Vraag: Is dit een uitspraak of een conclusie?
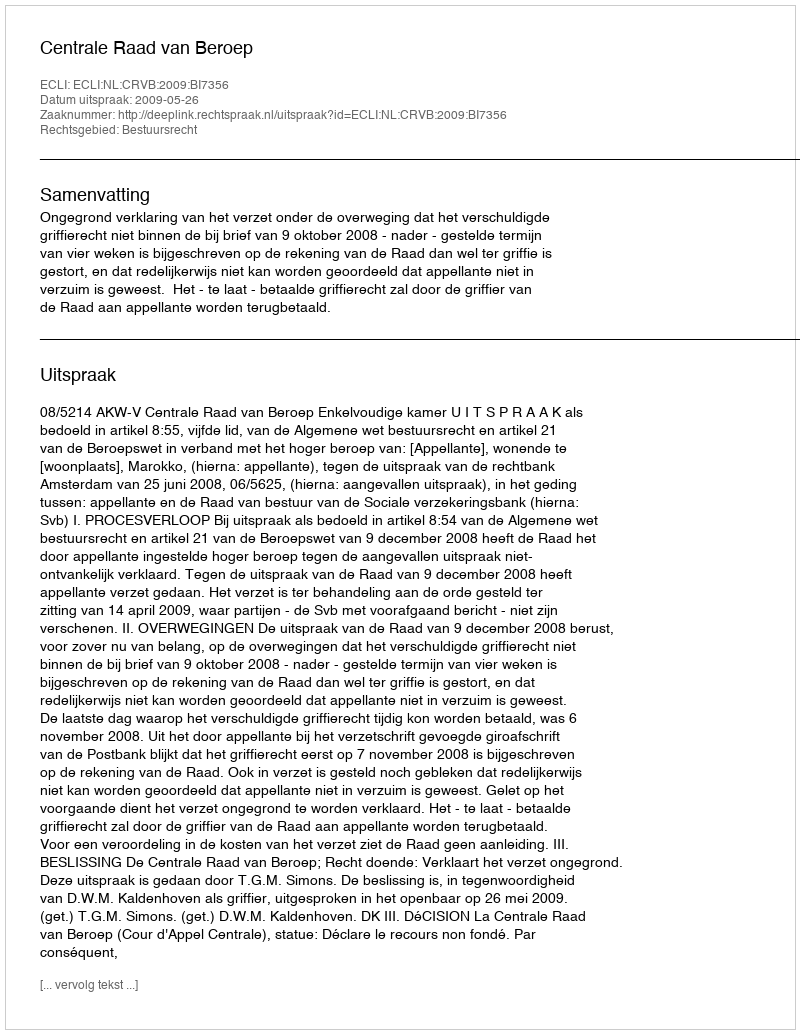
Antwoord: Uitspraak